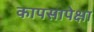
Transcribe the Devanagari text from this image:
कापसापेक्षा